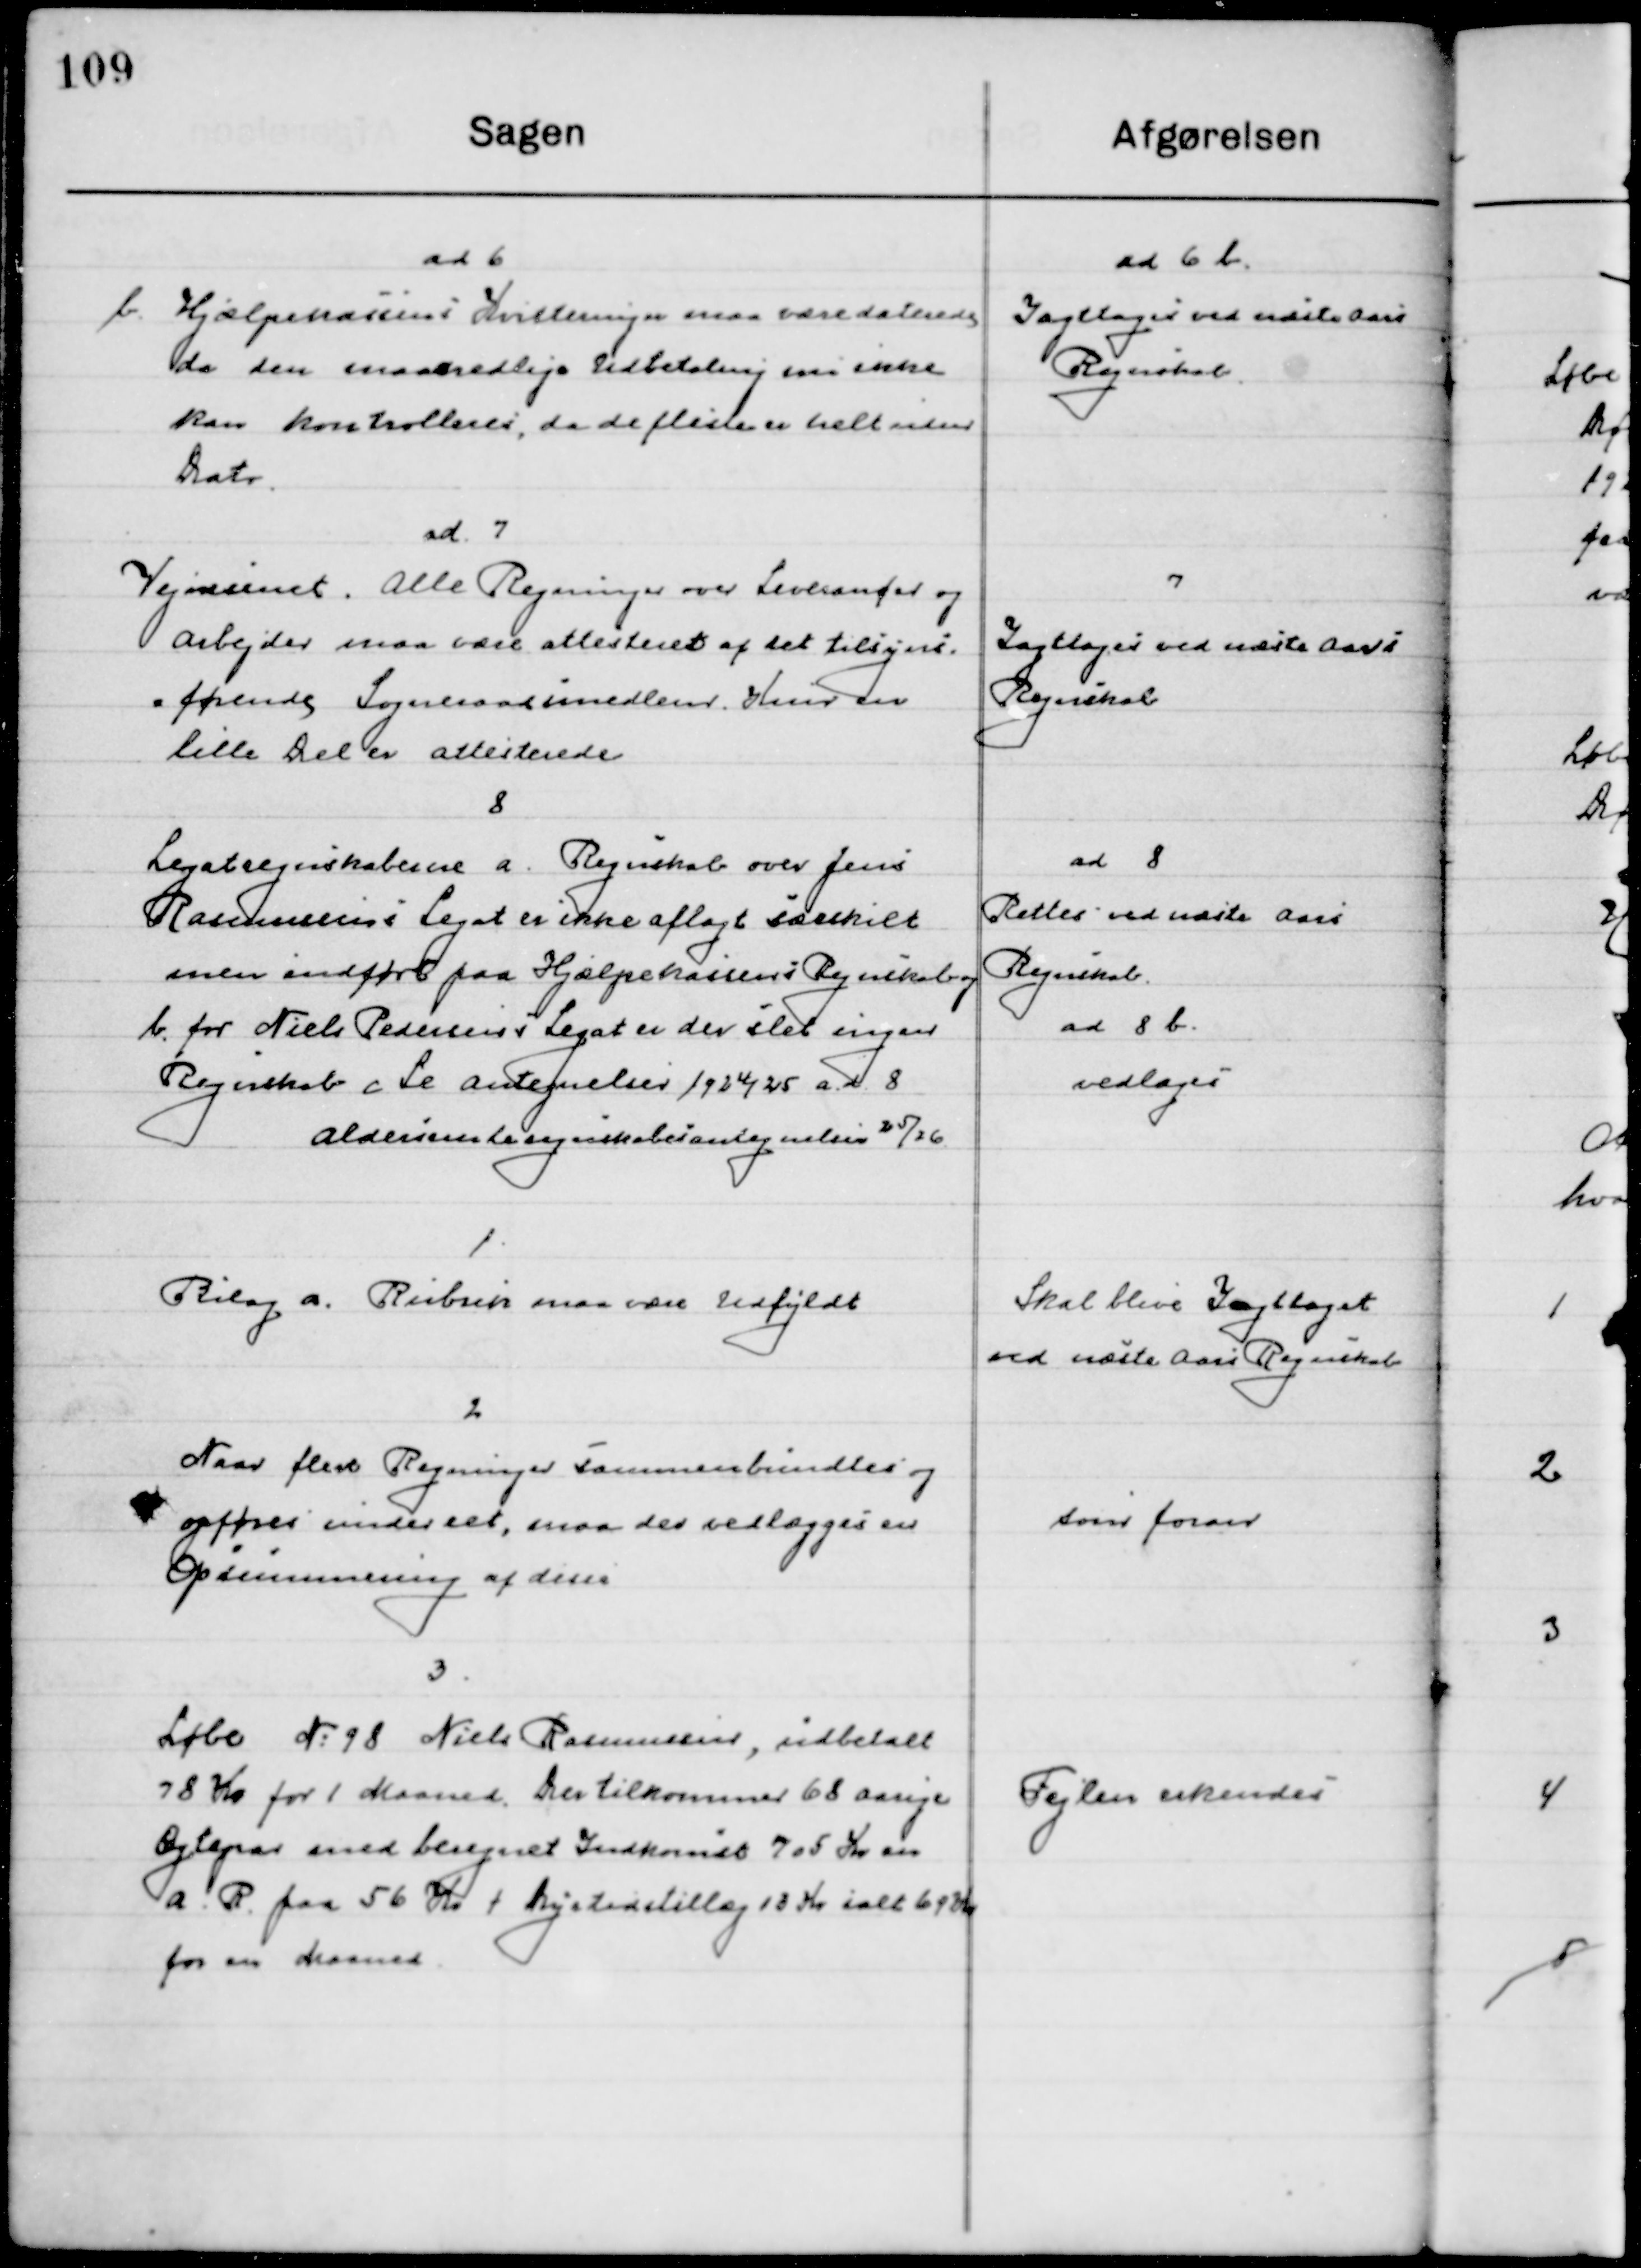
Transskription:
ad 6
b
Hjælpekassens Kvitteringer maa være daterede
da den maanedlige Udbetaling som ikke 
kan kontrolleres, da de fleste er helt uden  
Dato.

ad 6 b.
Iagttages ved næste Aars 
Regnskab

ad 7
Vejvæsenet, Alle Regninger over Leverandør og
Arbejder maa være attesteret af det tilsyns-
=førende Sogneraadsmedlem. Hver en
lille del er attesterede

7
Iagttages ved næste Aars
Regnskab

8
Legatregnkaberne a. Regnskab over Jens
Rasmussens Legat er ikke aflagt særskilt
men indført paa hjælpekassens Regnskabsbog

ad 8
Rettes ved næste Aars 
Regnskab

b. for Niels Pedersens Legat er der slet ingen
Regnskab c Se antegnelser 1924/25 a. d. 8 
Aldersrenteregnskabsantegnelser 25/26

ad 8 b
vedtages

1. 
Bilag a. Rubrik maa være Udfyldt

Skal blive Iagttaget
ved næste aars Regnskab

2.
Naar flere Regninger sammenbundtes og
opføres under eet, maa der vedlægges en 
Opsummering af disse

som foran

3.
Løbe № 98 Niels Rasmussen, indbetalt
78 Kr. for 1 Maaned. Der tilkommer 68 aarige
Ægtepar med beregnet Indkomst 705 Kr. an
a. R. paa 56 Kr. + tryghedstillæg 13 Kr. i alt 69 Kr.
for en Maaned.

Fejlen erkendes